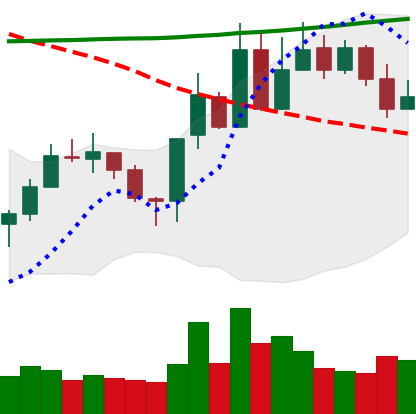
Ticker: XLM-USD
Chart end date: 2020-10-27
Forward return: -4.072%
Label: down_3_5